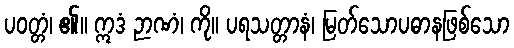
ပဝတ္တံ၊ ၏။ ဣဒံ ဉာဏံ၊ ကို။ ပရသတ္တာနံ၊ မြတ်သောပဓာနဖြစ်သော